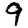
Digit: 9